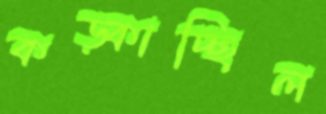
কড়্‌কাচ্ছিল